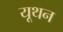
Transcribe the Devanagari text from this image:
यूथन